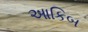
આકિબ